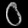
Digit: ၀